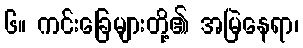
၆။ ကင်းခြေများတို့၏ အမြဲနေရာ၊